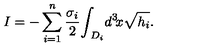
I = - \sum _ { i = 1 } ^ { n } { \frac { \sigma _ { i } } { 2 } } { \int } _ { \! \! D _ { i } } d ^ { 3 } \! x \sqrt { h _ { i } } .